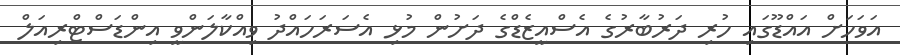
އަވަހަށް އައްޑޫގައި ހުރި ދަރުބާރުގެ އެސްއީޒެޑްގެ ދަށުން މުޅި އެސަރަހައްދު ވިއްކާލަންވީ އިންޑަސްޓްރިއަލް